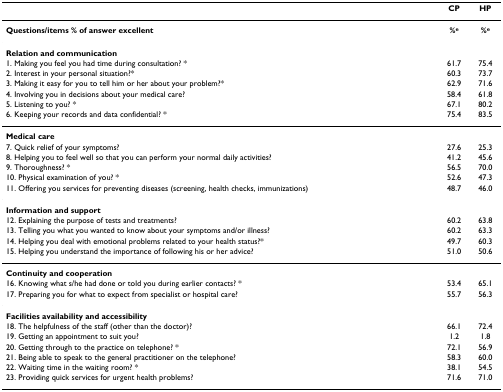
<table><thead><tr><td></td><td><b>CP</b></td><td><b>HP</b></td></tr></thead><tbody><tr><td><b>Questions/items % of answer excellent</b></td><td><b>%<sup>e</sup></b></td><td><b>%<sup>e</sup></b></td></tr><tr><td><b>Relation and communication</b></td><td></td><td></td></tr><tr><td>1. Making you feel you had time during consultation? *</td><td>61.7</td><td>75.4</td></tr><tr><td>2. Interest in your personal situation?*</td><td>60.3</td><td>73.7</td></tr><tr><td>3. Making it easy for you to tell him or her about your problem?*</td><td>62.9</td><td>71.6</td></tr><tr><td>4. Involving you in decisions about your medical care?</td><td>58.4</td><td>61.8</td></tr><tr><td>5. Listening to you? *</td><td>67.1</td><td>80.2</td></tr><tr><td>6. Keeping your records and data confidential? *</td><td>75.4</td><td>83.5</td></tr><tr><td><b>Medical care</b></td><td></td><td></td></tr><tr><td>7. Quick relief of your symptoms?</td><td>27.6</td><td>25.3</td></tr><tr><td>8. Helping you to feel well so that you can perform your normal daily activities?</td><td>41.2</td><td>45.6</td></tr><tr><td>9. Thoroughness? *</td><td>56.5</td><td>70.0</td></tr><tr><td>10. Physical examination of you? *</td><td>52.6</td><td>47.3</td></tr><tr><td>11. Offering you services for preventing diseases (screening, health checks, immunizations)</td><td>48.7</td><td>46.0</td></tr><tr><td><b>Information and support</b></td><td></td><td></td></tr><tr><td>12. Explaining the purpose of tests and treatments?</td><td>60.2</td><td>63.8</td></tr><tr><td>13. Telling you what you wanted to know about your symptoms and/or illness?</td><td>60.2</td><td>63.3</td></tr><tr><td>14. Helping you deal with emotional problems related to your health status?*</td><td>49.7</td><td>60.3</td></tr><tr><td>15. Helping you understand the importance of following his or her advice?</td><td>51.0</td><td>50.6</td></tr><tr><td><b>Continuity and cooperation</b></td><td></td><td></td></tr><tr><td>16. Knowing what s/he had done or told you during earlier contacts? *</td><td>53.4</td><td>65.1</td></tr><tr><td>17. Preparing you for what to expect from specialist or hospital care?</td><td>55.7</td><td>56.3</td></tr><tr><td><b>Facilities availability and accessibility</b></td><td></td><td></td></tr><tr><td>18. The helpfulness of the staff (other than the doctor)?</td><td>66.1</td><td>72.4</td></tr><tr><td>19. Getting an appointment to suit you?</td><td>1.2</td><td>1.8</td></tr><tr><td>20. Getting through to the practice on telephone? *</td><td>72.1</td><td>56.9</td></tr><tr><td>21. Being able to speak to the general practitioner on the telephone?</td><td>58.3</td><td>60.0</td></tr><tr><td>22. Waiting time in the waiting room? *</td><td>38.1</td><td>54.5</td></tr><tr><td>23. Providing quick services for urgent health problems?</td><td>71.6</td><td>71.0</td></tr></tbody></table>